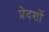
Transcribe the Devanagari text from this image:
प्रेदशों